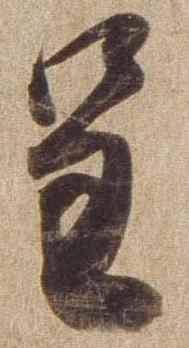
呈